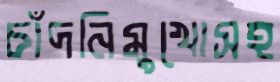
চাঁদনিমুখোসহ